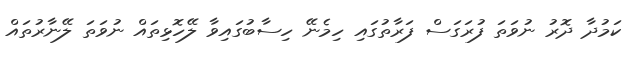
ކަމުދާ ދޮރު ނުވަތަ ފުރަގަސް ފަރާތުގައި ހިމެނޭ ހިސާބުގައިވާ ލޭހޮޅިތައް ނުވަތަ ލޭނާރުތައް